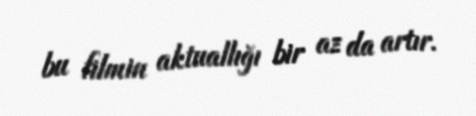
bu filmin aktuallığı bir az da artır.